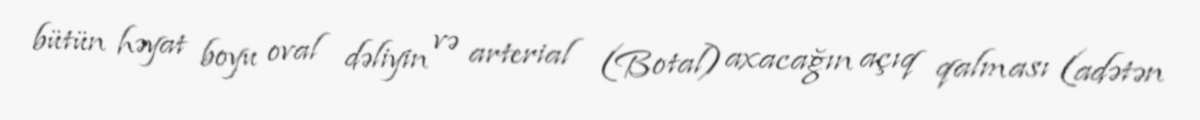
bütün həyat boyu oval dəliyin və arterial (Botal) axacağın açıq qalması (adətən